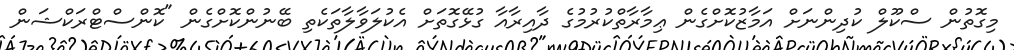
މިގޮތުން ސްކޫލް ކުދިންނަށް އަމާޒުކޮށްގެން ޢިިމާރާތްކުރުމުގެ ދާއިރާއާ ގުޅޭގޮތަށް އެކުލަވާލާތަކެތި ބޭނުންކޮށްގެން "ކޮންސްޓްރަކްޝަން